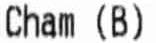
CHAM (B)